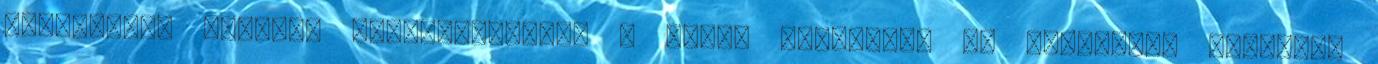
brit-orosz katonai együttműködés, s ezzel összeállt az antantnak nevezett